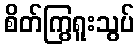
စိတ်ကြွရူးသွပ်